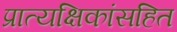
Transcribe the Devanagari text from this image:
प्रात्यक्षिकांसहित